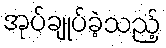
အုပ်ချုပ်ခဲ့သည့်